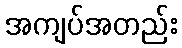
အကျပ်အတည်း